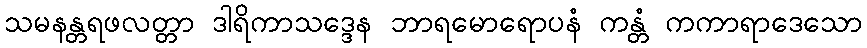
သမနန္တရဖလတ္တာ ဒါရိကာသဒ္ဒေန ဘာရမောရောပနံ ကန္တံ ကကာရာဒေသော